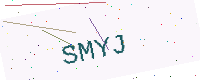
Text: SMYJ